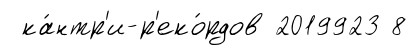
ка́нтр'и-р'еко́рдов 2019923 8